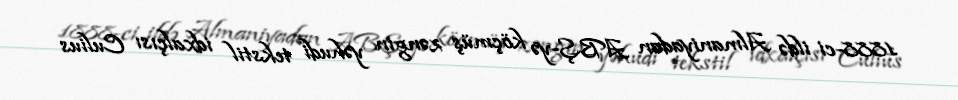
1888-ci ildə Almaniyadan ABŞ-yə köçmüş zəngin yəhudi tekstil idxalçısı Culius